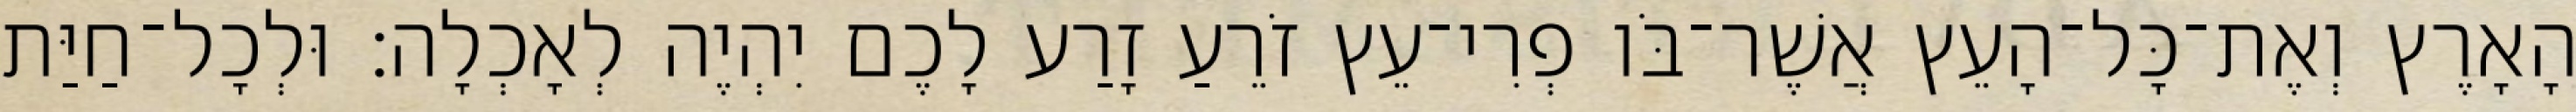
הָאָרֶץ וְאֶת־כָּל־הָעֵץ אֲשֶׁר־בֹּו פְרִי־עֵץ זֹרֵעַ זָרַע לָכֶם יִהְיֶה לְאָכְלָה׃ וּלְכָל־חַיַּת